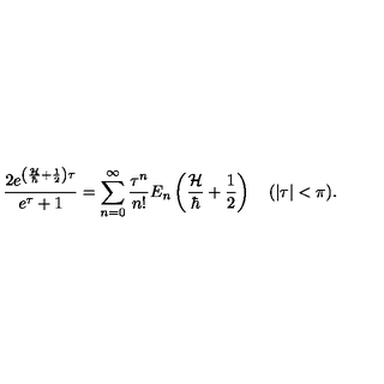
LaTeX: { \frac { 2 e ^ { \left( { \frac { \cal H } { \hbar } } + { \frac { 1 } { 2 } } \right) \tau } } { e ^ { \tau } + 1 } } = \sum _ { n = 0 } ^ { \infty } { \frac { \tau ^ { n } } { n ! } } E _ { n } \left( { \frac { \cal H } { \hbar } } + { \frac { 1 } { 2 } } \right) \quad ( | \tau | < \pi ) .